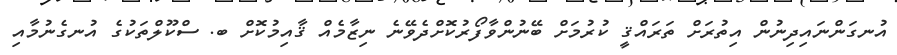
އުނގަންނައިދިނުން އިތުރަށް ތަރައްޤީ ކުރުމަށް ބޭނުންވާފޯރުކޮށްދެވޭނެ ނިޒާމެއް ޤާއިމުކޮށް ބ. ސްކޫލްތަކުގެ އުނގެނުމާއި